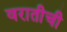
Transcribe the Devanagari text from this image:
वरातीची